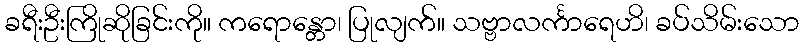
ခရီးဦးကြိုဆိုခြင်းကို။ ကရောန္တော၊ ပြုလျက်။ သဗ္ဗာလင်္ကာရေဟိ၊ ခပ်သိမ်းသော